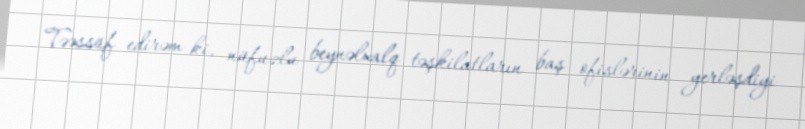
Təəssüf edirəm ki, nüfuzlu beynəlxalq təşkilatların baş ofislərinin yerləşdiyi